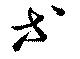
等